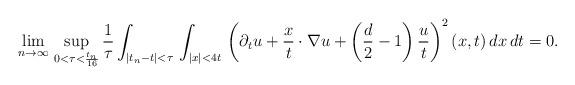
LaTeX: \begin{align*}\lim_{n\to\infty}\,\sup_{0<\tau<\frac{t_n}{16}}\frac{1}{\tau}\int_{|t_n-t|<\tau}\,\int_{|x|<4t}\,\left(\partial_tu+\frac{x}{t}\cdot\nabla u+\left(\frac{d}{2}-1\right)\frac{u}{t}\right)^2(x,t)\,dx\,dt = 0.\end{align*}